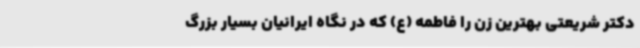
دکتر شریعتی بهترین زن را فاطمه (ع) که در نگاه ایرانیان بسیار بزرگ